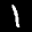
Label: 1